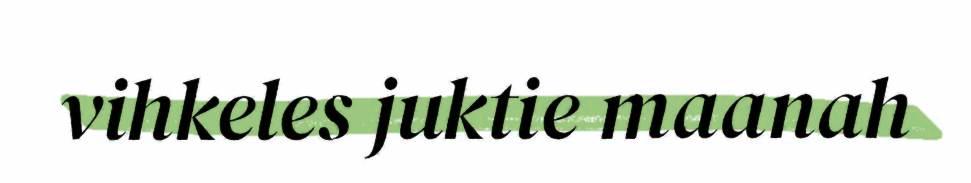
vihkeles juktie maanah